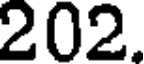
202.